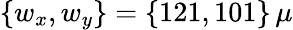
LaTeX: \{ w_{x},w_{y}\} =\{ 121,101\} \, \mu